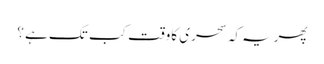
پھریہ کہ سحری کاوقت کب تک ہے ؟